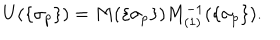
U ( \{ \sigma _ { p } \} ) = M ( \{ \sigma _ { p } \} ) M _ { ( 1 ) } ^ { - 1 } ( \{ \sigma _ { p } \} ) .